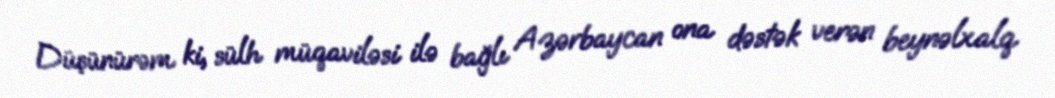
Düşünürəm ki, sülh müqaviləsi ilə bağlı Azərbaycan ona dəstək verən beynəlxalq